system: You are a helpful assistant.
user:
Analyze the provided spectrum to determine if it is a **White Dwarf (WD)**.

A White Dwarf spectrum is defined by its **extreme purity** (due to gravitational settling) and/or **extreme pressure broadening** (due to high surface gravity). You must check for one of the following mutually exclusive signatures:

- **Key Visual Indicators (Check for ONE of these types):**

    - **1. DA-Type Signature (Most Common):**
        - **(Primary Feature):** Extreme pressure broadening (Stark broadening) of the **Hydrogen (H) Balmer lines**.
        - **(Key Lines):** $H\beta$ (approx. $4861$ Å) and $H\gamma$ (approx. $4340$ Å). $H\alpha$ (approx. $6563$ Å) will also be present if the wavelength range covers it.
        - **(Line Profile):** This is the **defining feature**. The lines are **NOT** sharp. They appear as massive, **extremely broad and deep "troughs" or "dips"** in the spectrum, often hundreds of Ångströms wide. The continuum will appear to "scoop" down at these wavelengths.
        - **(Distinction):** Normal A-type or B-type stars have *narrow* and *sharp* Hydrogen lines. A DA White Dwarf's lines are unmistakably "smeared" or "blurry" from pressure.

    - **2. DB-Type Signature:**
        - **(Primary Feature):** Broad absorption lines from **Neutral Helium (He I)**. The spectrum must lack any visible Hydrogen lines.
        - **(Key Lines):** Look for broad absorption near $4471$ Å, $4921$ Å, and $5876$ Å.
        - **(Line Profile):** These lines are also significantly pressure-broadened, appearing much wider than they would in a normal B-type main-sequence star.

    - **3. DC-Type Signature:**
        - **(Primary Feature):** A **featureless continuous spectrum**.
        - **(Line Profile):** The spectrum is a smooth curve with **no significant absorption or emission lines**.
        - **(Key Confirmation):** The continuum is almost always **blue or white**, indicating a hot object. This signature implies the atmosphere is so pure (or so cool) that no spectral lines are visible in the optical range. Its WD identity is confirmed by its extremely low intrinsic brightness (high absolute magnitude).

    - **4. DZ-Type Signature (Metal-Polluted):**
        - **(Primary Feature):** **Isolated, narrow metal absorption lines** on an otherwise featureless (DC-like) continuum.
        - **(Key Lines):** The **Calcium (Ca II) H & K doublet** (approx. **$3934$ Å** and **$3968$ Å**) is the most common and defining feature.
        - **(Line Profile):** These lines are "out of place." They are *not* part of a "forest" of thousands of lines. This signature is evidence of recent *accretion* (pollution) from rocky debris.
        - **(Distinction):** Normal G/K/M stars have a *dense forest* of thousands of metal lines. A DZ has a *clean* continuum with *only a few* strong metal lines.

    - **5. DQ-Type Signature (Carbon-Polluted):**
        - **(Primary Feature):** Absorption bands from **Carbon (C₂ "Swan Bands" or atomic C I)**.
        - **(Key Lines - C₂):** Look for bandheads with a "saw-tooth" shape near $5635$ Å, **$5165$ Å** (strongest), and $4737$ Å.
        - **(Key Confirmation):** The underlying **continuum must be blue or white** (hot).
        - **(Distinction):** This is the critical difference from a **Carbon Star**, which has the *exact same* C₂ bands but on an extremely **red, cool** continuum.

- **(Overall Spectrum):**
    - The continuum (overall shape) is typically **blue-sloping** (brighter in the blue than the red), as most white dwarfs are very hot.
    - The spectrum will look "pure" or "simple," dominated by only *one* of the five signatures listed above.

Think first, call **spectral_visualization_tool** if needed to examine features in detail, then provide your final answer. Your response must adhere to the following strict rules:
1.  **Overall Structure:** Your response must follow the format `<think>...</think> <tool_call>...</tool_call> (if a tool is used) <answer>...</answer>`.
2.  **Tool Usage Constraint:** You may only make **one** tool call per turn.
3.  **Final Answer Format:** In the `<answer>` tag, your conclusion must be inside a `\boxed{}` command (e.g., `\boxed{YES}` or `\boxed{NO}`), followed by your justification.

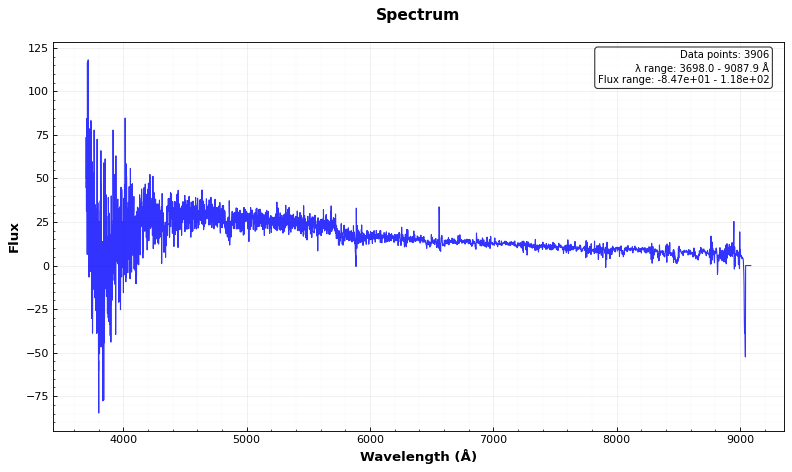
Answer: YES